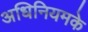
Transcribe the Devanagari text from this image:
अधिनियमके